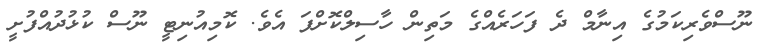
ނޫސްވެރިކަމުގެ އިނާމް ދެ ފަހަރެއްގެ މަތިން ހާސިލްކޮށްފަ އެވެ. ކޮމިއުނިޓީ ނޫސް ކުޅުދުއްފުށީ